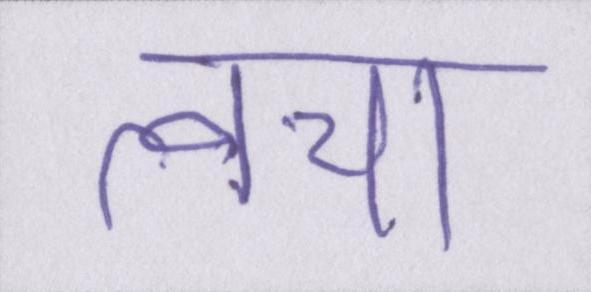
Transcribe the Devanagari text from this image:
त्वचा